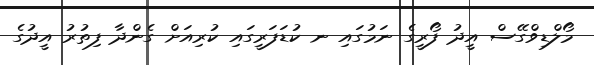
މޯލްޑިވްގޭސް އީދު ފޯރީގެ ނަމުގައި ނ ކުޑަފަރީގައި ކުރިއަށް ގެންދާ ފިތުރު އީދުގެ